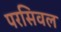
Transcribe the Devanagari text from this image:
परसिवल